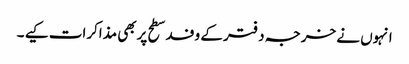
انہوں نے خرجہ دفتر کے وفد سطح پربھی مذاکرات کیے ۔